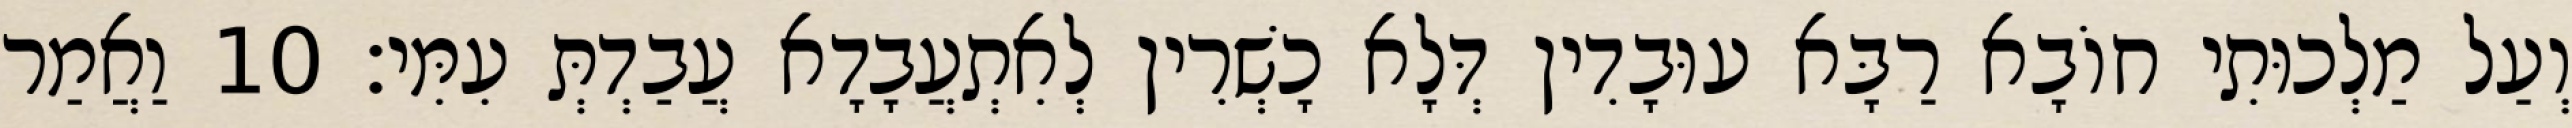
וְעַל מַלְכוּתִי חוֹבָא רַבָּא עוּבָדִין דְּלָא כָשְׁרִין לְאִתְעֲבָדָא עֲבַדְתְּ עִמִּי׃ 10 וַאֲמַר